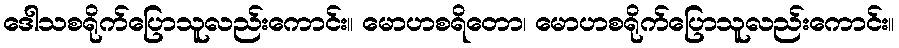
ဒေါသစရိုက်ပြောသူလည်းကောင်း။ မောဟစရိတော၊ မောဟစရိုက်ပြောသူလည်းကောင်း။